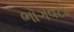
ભોગવટા